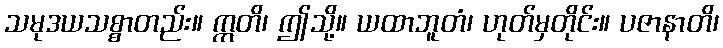
သမုဒယသစ္စာတည်း။ ဣတိ၊ ဤသို့။ ယထာဘူတံ၊ ဟုတ်မှတိုင်း။ ပဇာနာတိ၊